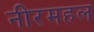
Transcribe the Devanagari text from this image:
नीरमहल